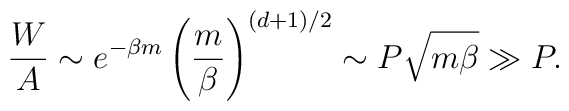
\frac{W}{A}   \sim e^{-\beta m} \left( \frac{m}{\beta} \right)^{(d+1)/2}  \sim P {\sqrt{m \beta}}   \gg P .